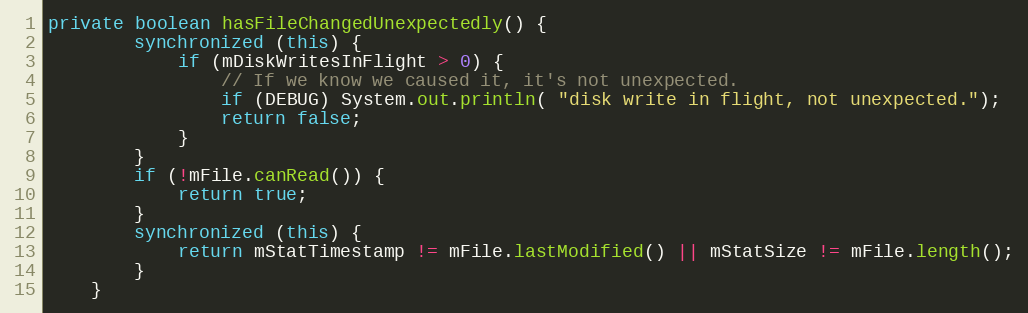
Language: Java
private boolean hasFileChangedUnexpectedly() {
        synchronized (this) {
            if (mDiskWritesInFlight > 0) {
                // If we know we caused it, it's not unexpected.
                if (DEBUG) System.out.println( "disk write in flight, not unexpected.");
                return false;
            }
        }
        if (!mFile.canRead()) {
            return true;
        }
        synchronized (this) {
            return mStatTimestamp != mFile.lastModified() || mStatSize != mFile.length();
        }
    }